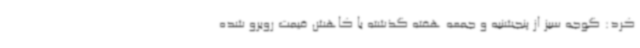
کرد: گوجه سبز از پنجشنبه و جمعه هفته گذشته با کاهش قیمت روبرو شده